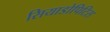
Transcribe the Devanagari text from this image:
सियाडोपिटिस